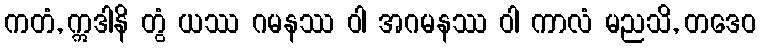
ကတံ, ဣဒါနိ တွံ ယဿ ဂမနဿ ဝါ အဂမနဿ ဝါ ကာလံ မညသိ, တဒေဝ